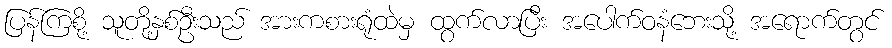
ပြန်ကြစို့ သူတို့နှစ်ဦးသည် အားကစားရုံထဲမှ ထွက်လာပြီး အပေါက်ဝနံဘေးသို့ အရောက်တွင်